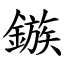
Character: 鏃